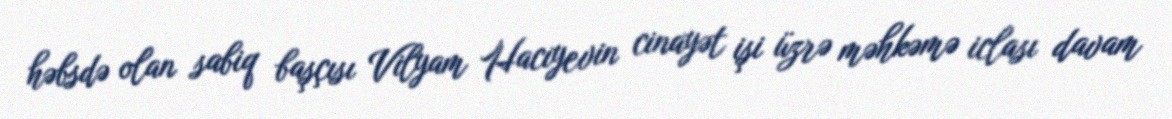
həbsdə olan sabiq başçısı Vilyam Hacıyevin cinayət işi üzrə məhkəmə iclası davam